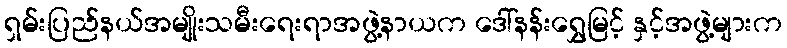
ရှမ်းပြည်နယ်အမျိုးသမီးရေးရာအဖွဲ့နာယက ဒေါ်နန်းရွှေမြင့် နှင့်အဖွဲ့များက